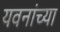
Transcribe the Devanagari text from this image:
यवनांच्या